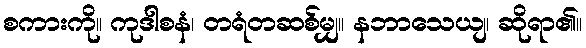
စကားကို။ ကုဒါစနံ၊ တရံတဆစ်မျှ။ နဘာသေယျ၊ ဆိုရာ၏။